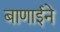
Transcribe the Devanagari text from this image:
बाणाईने